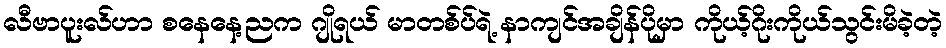
လီဗာပူးလ်ဟာ စနေနေ့ညက ဂျိုရယ် မာတစ်ပ်ရဲ့ နာကျင်အချိန်ပိုမှာ ကိုယ့်ဂိုးကိုယ်သွင်းမိခဲ့တဲ့